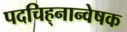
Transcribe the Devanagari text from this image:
पदचिह्‌नान्वेषक